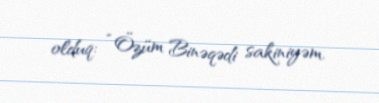
olduq: “Özüm Binəqədi sakiniyəm.